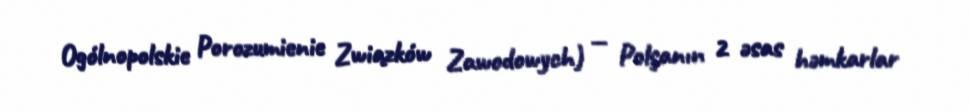
Ogólnopolskie Porozumienie Związków Zawodowych) — Polşanın 2 əsas həmkarlar